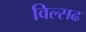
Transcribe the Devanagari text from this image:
विल्सढ